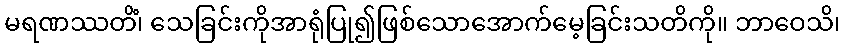
မရဏဿတိံ၊ သေခြင်းကိုအာရုံပြု၍ဖြစ်သောအောက်မေ့ခြင်းသတိကို။ ဘာဝေသိ၊